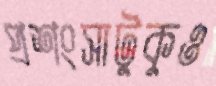
প্রশংসাটুকুও